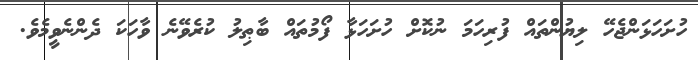
ހުށަހަޅަންޖެހޭ ލިޔުންތައް ފުރިހަމަ ނުކޮށް ހުށަހަޅާ ފޯމުތައް ބާޠިލު ކުރެވޭނެ ވާހަކަ ދެންނެވީމެވެ.